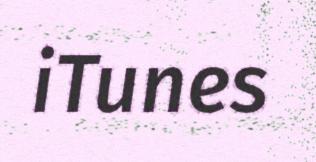
iTunes